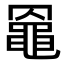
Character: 𪓙